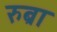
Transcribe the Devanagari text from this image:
रुब्रा